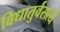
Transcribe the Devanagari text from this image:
विधातुर्वसत्यै